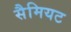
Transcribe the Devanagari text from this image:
सैमियट